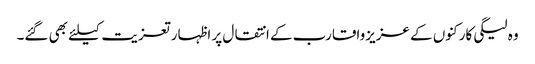
وہ لیگی کارکنوں کے عزیزواقارب کے انتقال پر اظہار تعزیت کیلئے بھی گئے۔